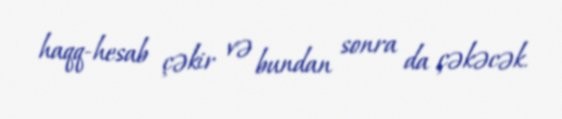
haqq-hesab çəkir və bundan sonra da çəkəcək.